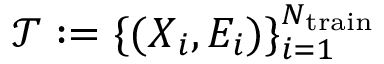
\mathcal { T } : = \{ ( \boldsymbol { X } _ { i } , E _ { i } ) \} _ { i = 1 } ^ { { N } _ { \mathrm { t r a i n } } }